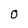
Character: O